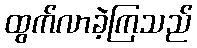
ထွက်လာခဲ့ကြသည်